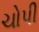
ચોપી